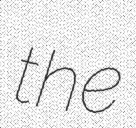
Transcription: the